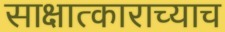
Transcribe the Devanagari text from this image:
साक्षात्काराच्याच